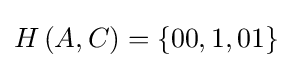
H\left(A,C\right)=\left\{00,1,01\right\}